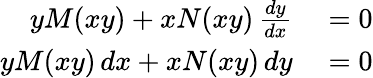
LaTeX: \begin{array}{rl}{yM(xy)+xN(xy)\, {\frac{dy}{dx}}}&{{}=0}\\ {yM(xy)\, dx+xN(xy)\, dy}&{{}=0}\end{array}